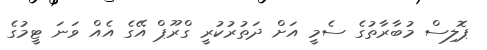
ޕޮލިސް މުބާރާތުގެ ސެމީ އަށް ދަތުރުކުރީ ގްރޫޕް އޭގެ އެއް ވަނަަ ޓީމުގެ